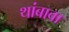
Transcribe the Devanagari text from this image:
थांबावा